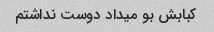
کبابش بو میداد دوست نداشتم